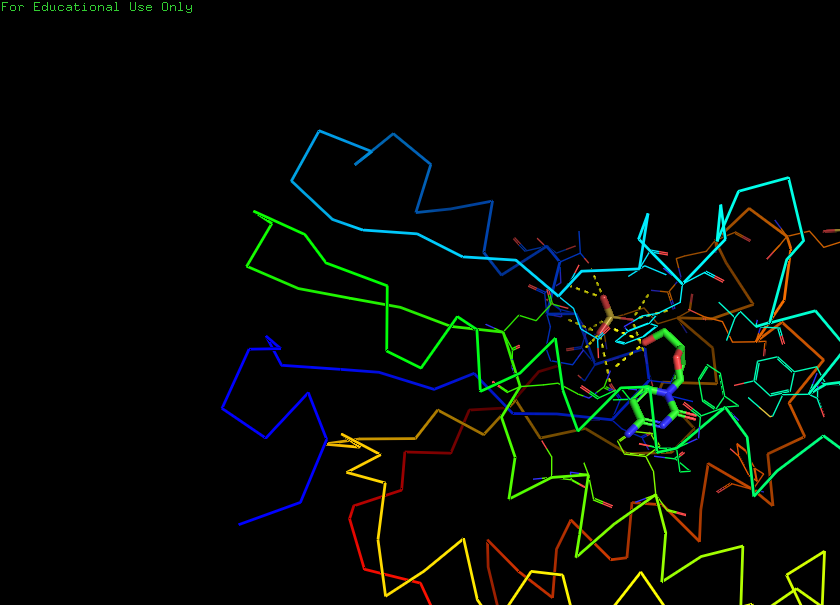
pymol, preset, ligands